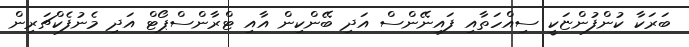
ބަރަކާ ކުންފުންޏަކީ ސިއްހަތާއި ފައިނޭންސް އަދި ބޭންކިން އާއި ޓްރާންސްޕޯޓް އަދި މެނުފެކްޗަރިން